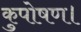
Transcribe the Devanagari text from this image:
कुपोषण।